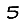
Digit: 5